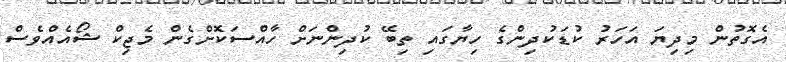
އެގޮތުން މިދިޔަ އަހަރު ކުޑަކުދިންގެ ހިޔާގައި ތިބޭ ކުދިންނަށް ހާއްސަކޮށްގެން މެޖިކް ޝޯއެއްވެސް